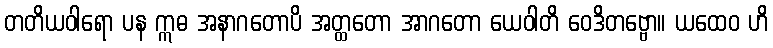
တတိယဝါရော ပန ဣဓ အနာဂတောပိ အတ္ထတော အာဂတော ယေဝါတိ ဝေဒိတဗ္ဗော။ ယထေဝ ဟိ